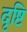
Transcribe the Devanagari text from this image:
दृष्टि